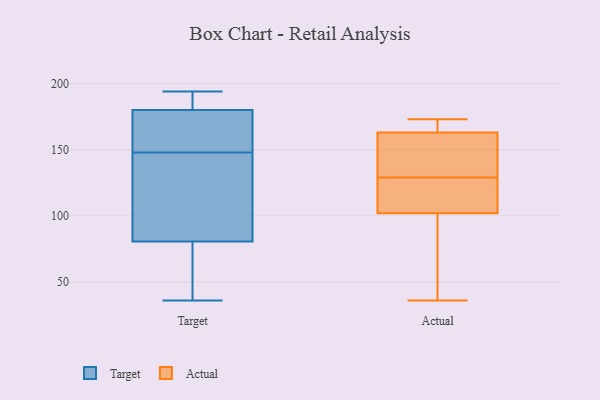
{"axis": {"x": "LTV (USD)", "y": "Value"}, "legend": ["Actual", "Target"], "data": [{"x": "", "y": 88, "type": "Target"}, {"x": "", "y": 180, "type": "Target"}, {"x": "", "y": 36, "type": "Target"}, {"x": "", "y": 117, "type": "Target"}, {"x": "", "y": 168, "type": "Target"}, {"x": "", "y": 191, "type": "Target"}, {"x": "", "y": 78, "type": "Target"}, {"x": "", "y": 194, "type": "Target"}, {"x": "", "y": 180, "type": "Target"}, {"x": "", "y": 50, "type": "Target"}, {"x": "", "y": 148, "type": "Target"}, {"x": "", "y": 65, "type": "Actual"}, {"x": "", "y": 130, "type": "Actual"}, {"x": "", "y": 140, "type": "Actual"}, {"x": "", "y": 127, "type": "Actual"}, {"x": "", "y": 102, "type": "Actual"}, {"x": "", "y": 166, "type": "Actual"}, {"x": "", "y": 128, "type": "Actual"}, {"x": "", "y": 173, "type": "Actual"}, {"x": "", "y": 163, "type": "Actual"}, {"x": "", "y": 36, "type": "Actual"}]}